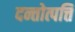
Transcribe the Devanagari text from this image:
दन्तोत्पत्ति